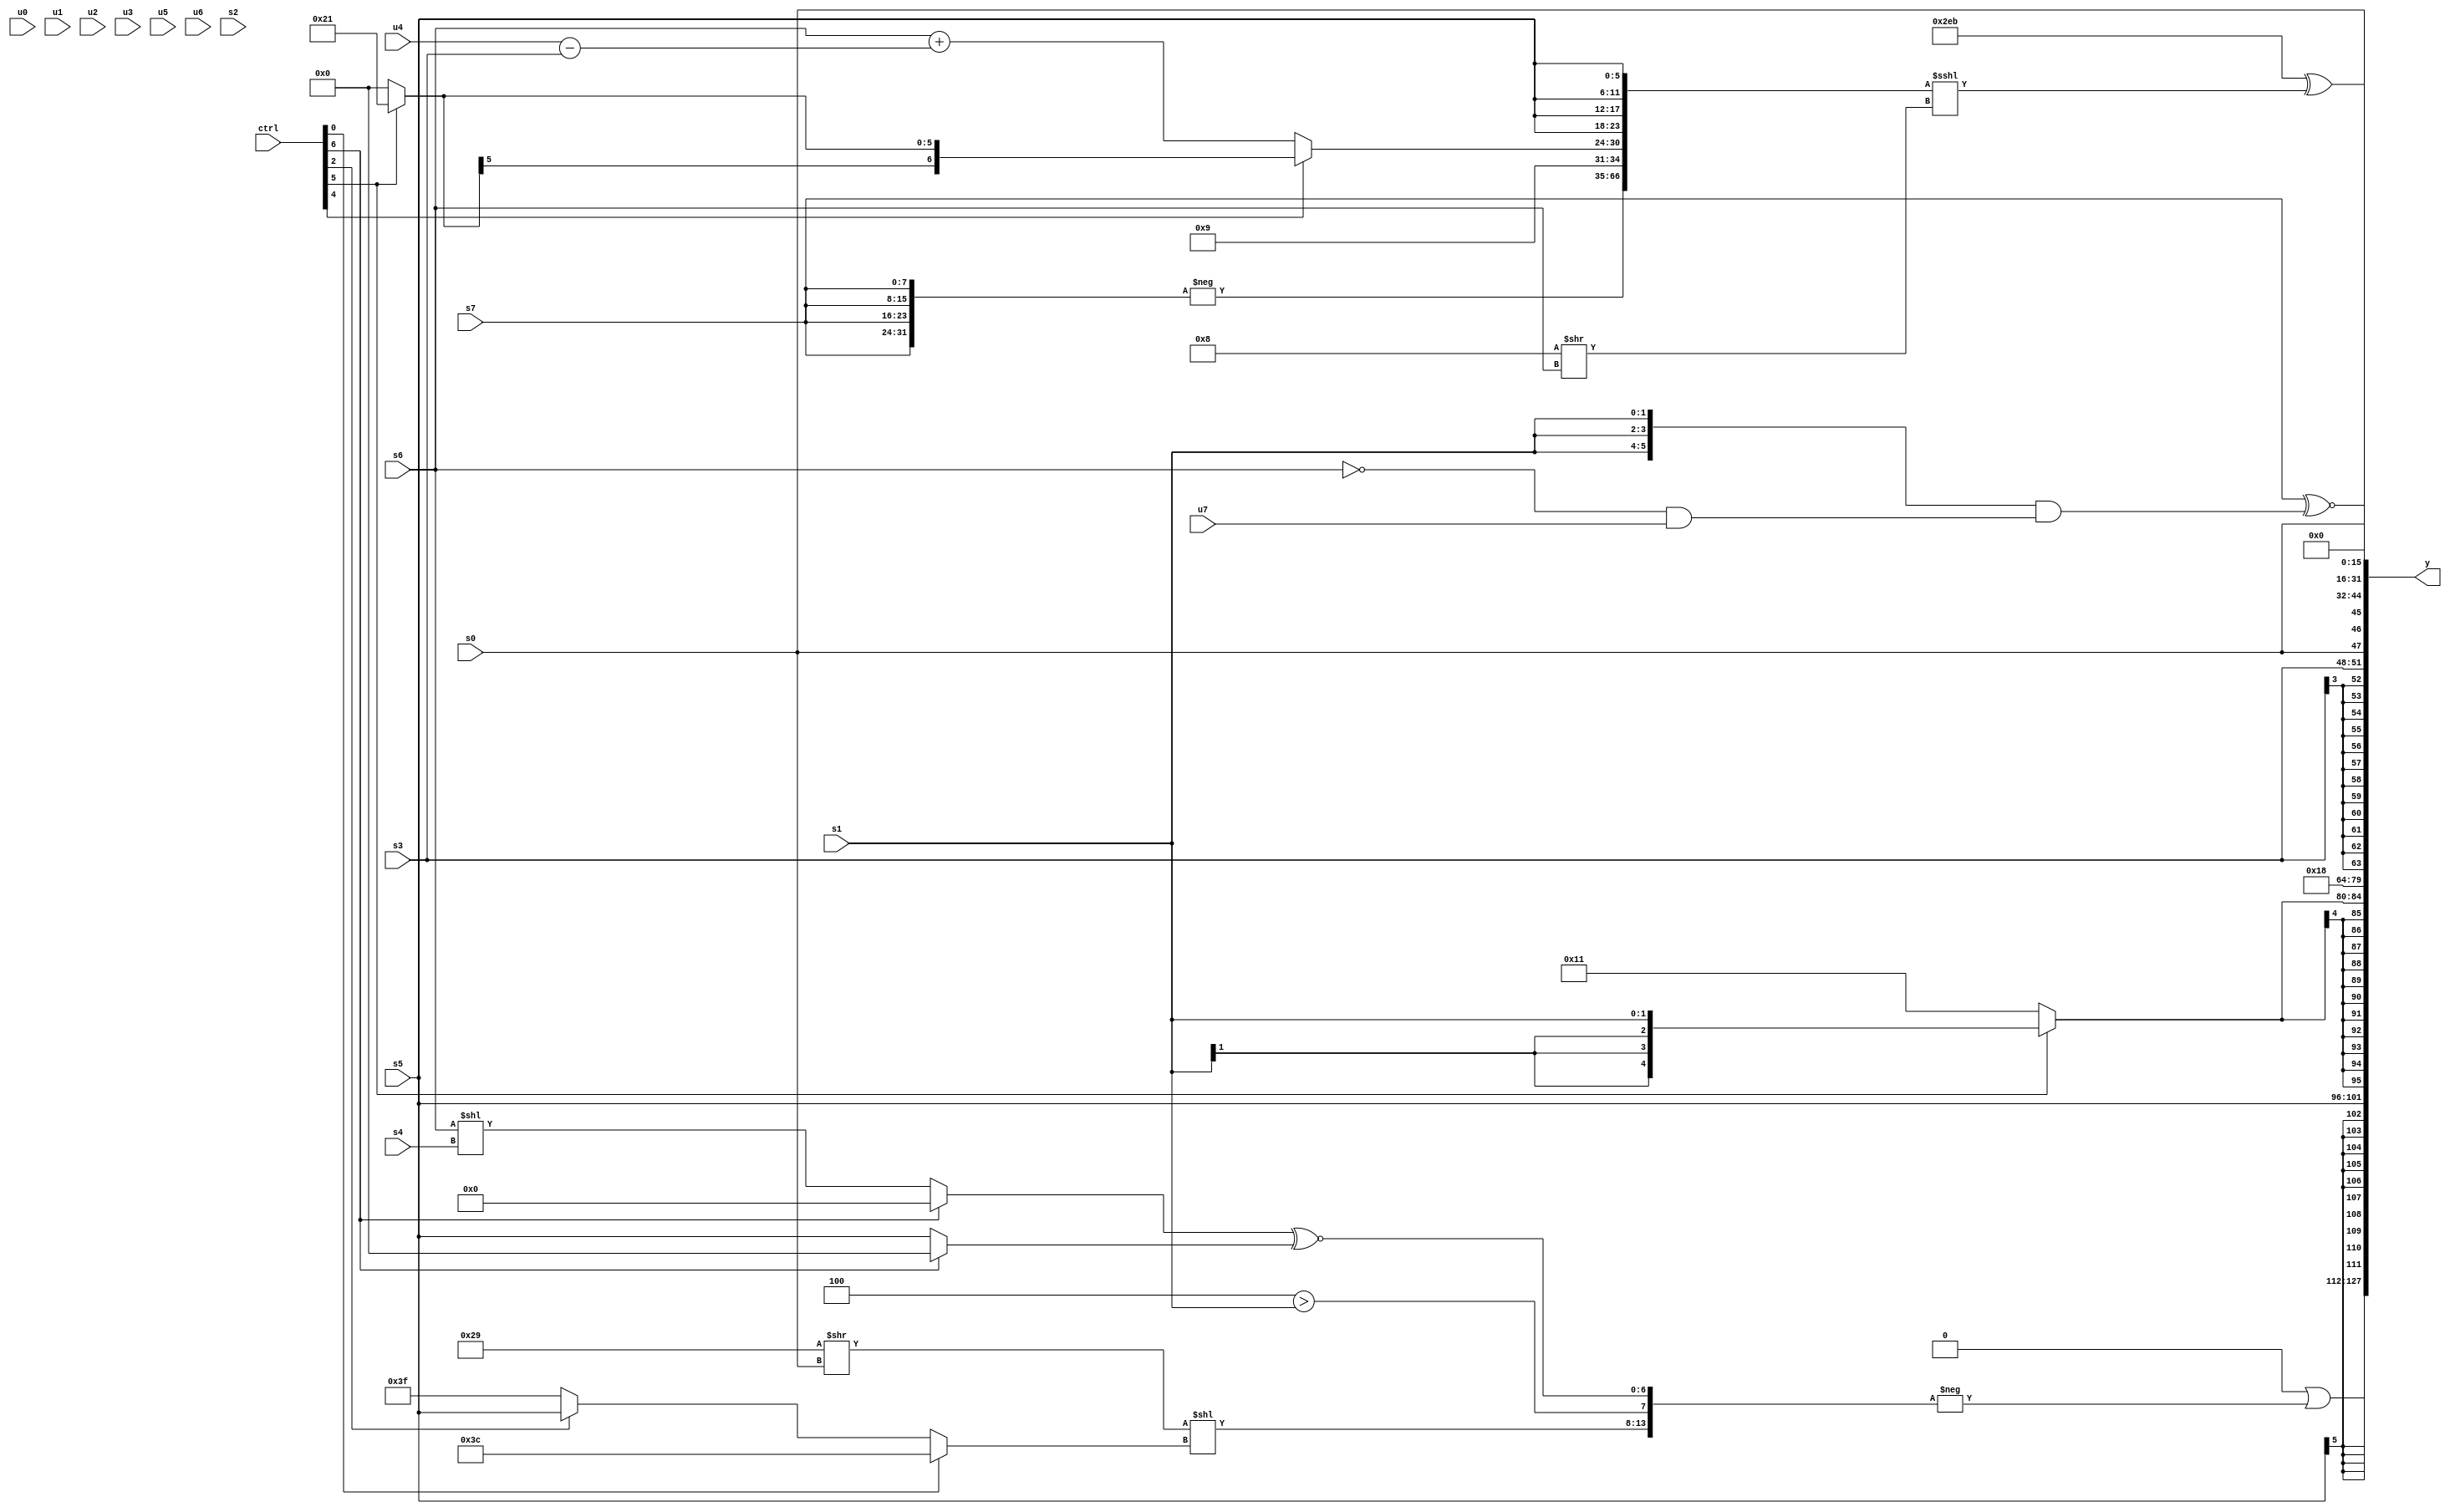
module wideexpr_00673(ctrl, u0, u1, u2, u3, u4, u5, u6, u7, s0, s1, s2, s3, s4, s5, s6, s7, y);
  input [7:0] ctrl;
  input [0:0] u0;
  input [1:0] u1;
  input [2:0] u2;
  input [3:0] u3;
  input [4:0] u4;
  input [5:0] u5;
  input [6:0] u6;
  input [7:0] u7;
  input signed [0:0] s0;
  input signed [1:0] s1;
  input signed [2:0] s2;
  input signed [3:0] s3;
  input signed [4:0] s4;
  input signed [5:0] s5;
  input signed [6:0] s6;
  input signed [7:0] s7;
  output [127:0] y;
  wire [15:0] y0;
  wire [15:0] y1;
  wire [15:0] y2;
  wire [15:0] y3;
  wire [15:0] y4;
  wire [15:0] y5;
  wire [15:0] y6;
  wire [15:0] y7;
  assign y = {y0,y1,y2,y3,y4,y5,y6,y7};
  assign y0 = ($signed(+(4'b0000)))|(-($unsigned({1'sb0,(($unsigned(6'b101001))>>($signed(s0)))<<((ctrl[0]?$signed(3'sb100):(ctrl[2]?s5:1'sb1))),(4'sb1100)>(s1),((ctrl[6]?(2'sb00)<<(6'sb111001):(s6)<<(s4)))^~((ctrl[6]?2'sb00:s5))})));
  assign y1 = s5;
  assign y2 = $signed((ctrl[5]?s1:5'sb10001));
  assign y3 = +(6'sb011000);
  assign y4 = +(+($signed(s3)));
  assign y5 = (s0)<<<(4'b1101);
  assign y6 = ($signed((+(+({3{{$unsigned(+(4'sb0001))}}})))^~(4'sb0101)))^($signed(($unsigned({-({4{s7}}),4'sb1001,(ctrl[4]?$signed((ctrl[5]?$signed(6'sb100001):-(4'sb0000))):($signed($signed(s6)))+($signed((u4)-(s3)))),{4{s5}}}))<<<((5'sb11000)>>($unsigned(s6)))));
  assign y7 = (s7)^~(+(({3{s1}})&((~(s6))&(u7))));
endmodule